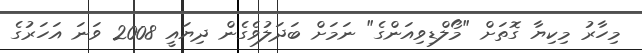
މިހާރު މިކިޔާ ގޮތަށް "މޯލްޑިވިއަންގެ" ނަމަށް ބަދަލުވެގެން ދިޔައީ 2008 ވަނަ އަހަރުގެ